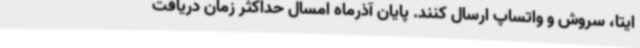
ایتا، سروش و واتساپ ارسال کنند. پایان آذرماه امسال حداکثر زمان دریافت